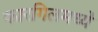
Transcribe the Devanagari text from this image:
कारगिलमध्ये